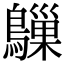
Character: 𬷰